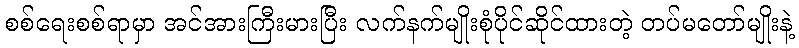
စစ်ရေးစစ်ရာမှာ အင်အားကြီးမားပြီး လက်နက်မျိုးစုံပိုင်ဆိုင်ထားတဲ့ တပ်မတော်မျိုးနဲ့